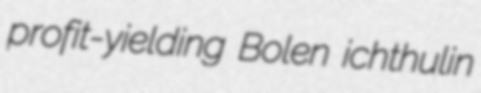
profit-yielding Bolen ichthulin